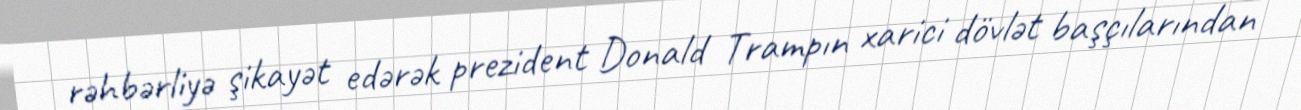
rəhbərliyə şikayət edərək prezident Donald Trampın xarici dövlət başçılarından